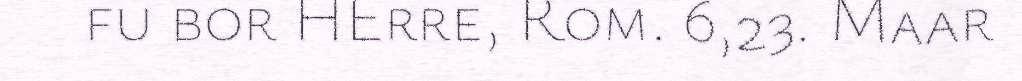
fu bor HErre, Rom. 6,23. Maar